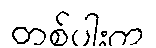
တစ်ပါးက